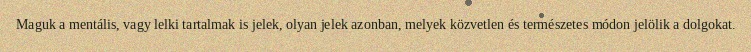
Maguk a mentális, vagy lelki tartalmak is jelek, olyan jelek azonban, melyek közvetlen és természetes módon jelölik a dolgokat.